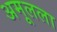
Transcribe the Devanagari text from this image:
अमूलला